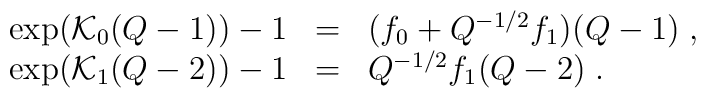
\begin{array}{rcl}\exp({\cal K}_{0}(Q-1))-1&=&(f_{0}+Q^{-1/2}f_{1})(Q-1)\;,\\\exp({\cal K}_{1}(Q-2))-1&=&Q^{-1/2}f_{1}(Q-2)\;.\end{array}